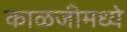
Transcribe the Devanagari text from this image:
काळजीमध्ये